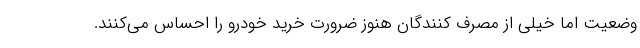
وضعیت اما خیلی از مصرف کنندگان هنوز ضرورت خرید خودرو را احساس می‌کنند.